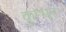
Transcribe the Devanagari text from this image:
कुम्भर